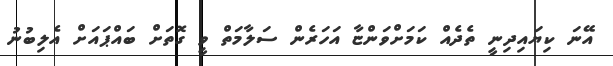
އޭނަ ކިޔައިދިނީ ތެދެއް ކަމަށްވަންޏާ އަހަރެން ސަލާމަތް ވީ ގޮތަށް ބައްޕައަށް އެލިބުނު